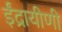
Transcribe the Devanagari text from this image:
ईंद्रायीणी